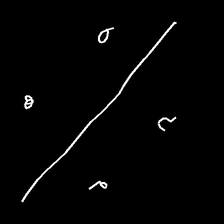
Glyph: cool